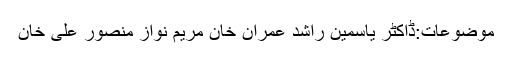
موضوعات:ڈاکٹر یاسمین راشد عمران خان مریم نواز منصور علی خان